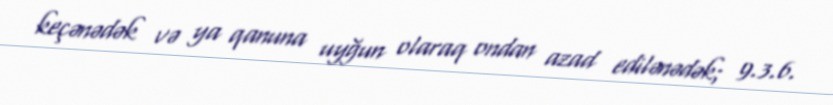
keçənədək və ya qanuna uyğun olaraq ondan azad edilənədək; 9.3.6.